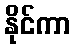
နိုင်ကာ